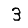
Digit: 3